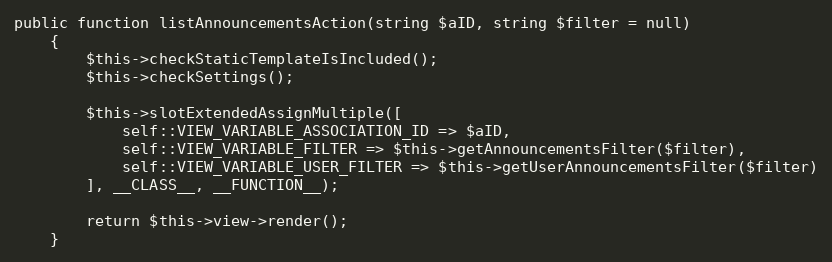
Language: PHP
public function listAnnouncementsAction(string $aID, string $filter = null)
    {
        $this->checkStaticTemplateIsIncluded();
        $this->checkSettings();

        $this->slotExtendedAssignMultiple([
            self::VIEW_VARIABLE_ASSOCIATION_ID => $aID,
            self::VIEW_VARIABLE_FILTER => $this->getAnnouncementsFilter($filter),
            self::VIEW_VARIABLE_USER_FILTER => $this->getUserAnnouncementsFilter($filter)
        ], __CLASS__, __FUNCTION__);

        return $this->view->render();
    }